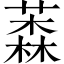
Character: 𦼚